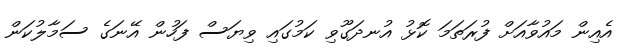
އެއިން މައުވާއަށް ފުރަތަމަ ކޮޅު އުނދަގޫވި ކަމުގައި ވިޔަސް ފަހުން އޭނަގެ ސަމާލުކަން